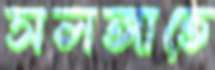
সলঙ্গাতে